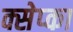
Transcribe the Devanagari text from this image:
क्सेप्का